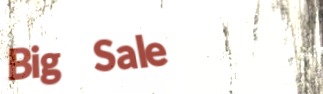
Big Sale